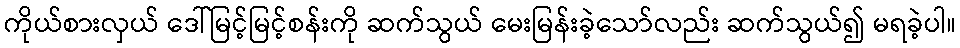
ကိုယ်စားလှယ် ဒေါ်မြင့်မြင့်စန်းကို ဆက်သွယ် မေးမြန်းခဲ့သော်လည်း ဆက်သွယ်၍ မရခဲ့ပါ။